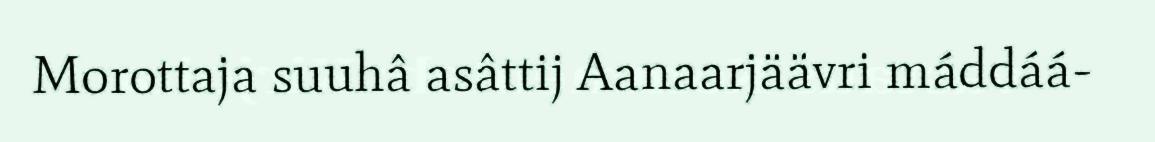
Morottaja suuhâ asâttij Aanaarjäävri máddáá-